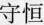
守恒